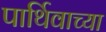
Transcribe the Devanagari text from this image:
पार्थिवाच्या